Annual administration and progress report of the Indian Medical Department, Bombay
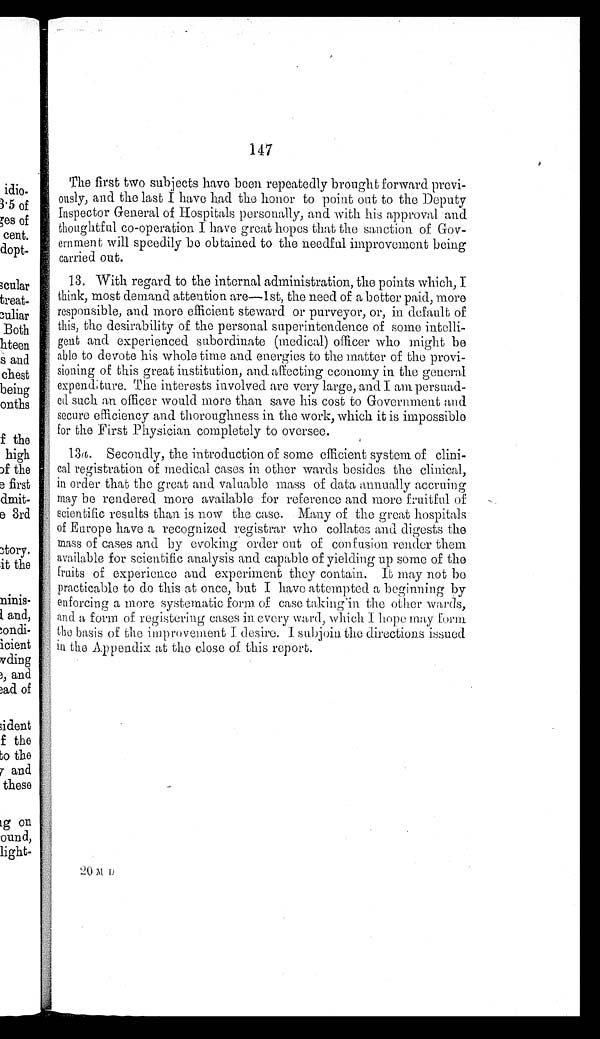
147
The first two subjects have been repeatedly brought forward previ
-ously, and the last I have had the honor to point out to the Deputy
Inspector General of Hospitals personally, and with his approval and
thoughtful co-operation I have great hopes that the sanction of Gov
-ernment will speedily be obtained to the needful improvement being
carried out.
13. With regard to the internal administration, the points which, I
think, most demand attention are—1st, the need of a better paid, more
responsible, and more efficient steward or purveyor, or, in default of
this, the desirability of the personal superintendence of some intelli
-gent and experienced subordinate (medical) officer who might be
able to devote his whole time and energies to the matter of the provi
-sioning of this great institution, and affecting economy in the general
expenditure. The interests involved are very large, and I am persuad
-ed such an officer would more than save his cost to Government and
secure efficiency and thoroughness in the work, which it is impossible
for the First Physician completely to oversee.
13a. Secondly, the introduction of some efficient system of clini
-
cal registration of medical cases in other wards besides the clinical,
in order that the great and valuable mass of data annually accruing
may be rendered more available for reference and more fruitful of
scientific results than is now the case. Many of the great hospitals
of Europe have a recognized registrar who collates and digests the
mass of cases and by evoking order out of confusion render them
available for scientific analysis and capable of yielding up some of the
fruits of experience and experiment they contain. It may not be
practicable to do this at once, but I have attempted a beginning by
enforcing a more systematic form of case taking in the other wards,
and a form of registering eases in every ward, which I hope may form
the basis of the improvement I desire. I subjoin the directions issued
in the Appendix at the close of this report.
20 M D